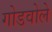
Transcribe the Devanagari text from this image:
गोडवोले